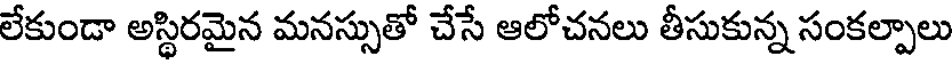
లేకుండా అస్థిరమైన మనస్సుతో చేసే ఆలోచనలు తీసుకున్న సంకల్పాలు